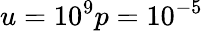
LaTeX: u=10^{9}p=10^{-5}